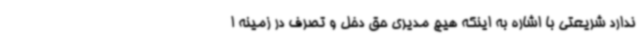
ندارد شریعتی با اشاره به اینکه هیچ مدیری حق دخل و تصرف در زمینه ا